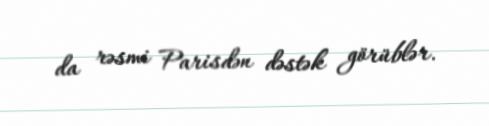
da rəsmi Parisdən dəstək görüblər.